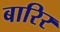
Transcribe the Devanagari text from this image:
बारिर